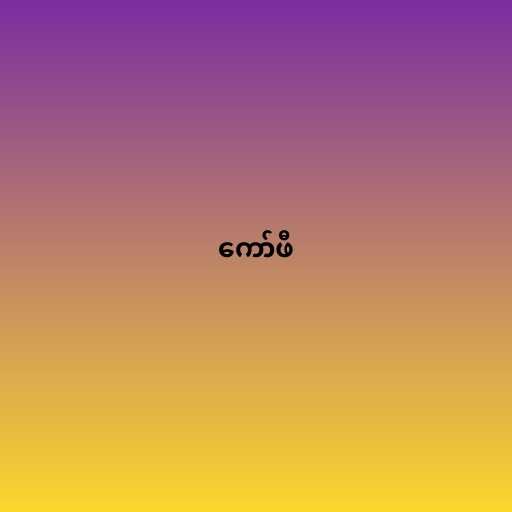
ကော်ဖီ